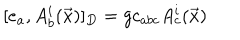
LaTeX: [ e _ { a } , A _ { b } ^ { i } ( \vec { x } ) ] _ { D } = g c _ { a b c } A _ { c } ^ { i } ( \vec { x } )